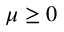
\mu \geq 0